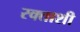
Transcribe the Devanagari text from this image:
रक्ताशी